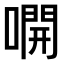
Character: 𫫭